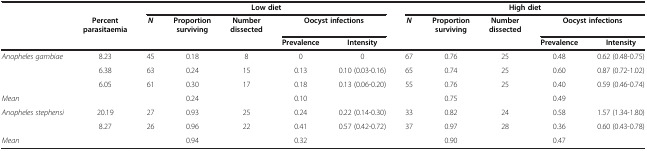
<table><thead><tr><td><b> </b></td><td><b> </b></td><td colspan="5"><b>Low diet</b></td><td colspan="5"><b>High diet</b></td></tr><tr><td><b> </b></td><td><b>Percent parasitaemia</b></td><td><b><i>N</i></b></td><td><b>Proportion surviving</b></td><td><b>Number dissected</b></td><td colspan="2"><b>Oocyst infections</b></td><td><b><i>N</i></b></td><td><b>Proportion surviving</b></td><td><b>Number dissected</b></td><td colspan="2"><b>Oocyst infections</b></td></tr><tr><td><b> </b></td><td><b> </b></td><td><b> </b></td><td><b> </b></td><td><b> </b></td><td><b>Prevalence</b></td><td><b>Intensity</b></td><td><b> </b></td><td><b> </b></td><td><b> </b></td><td><b>Prevalence</b></td><td><b>Intensity</b></td></tr></thead><tbody><tr><td><i>Anopheles gambiae</i></td><td>8.23</td><td>45</td><td>0.18</td><td>8</td><td>0</td><td>0</td><td>67</td><td>0.76</td><td>25</td><td>0.48</td><td>0.62 (0.48-0.75)</td></tr><tr><td> </td><td>6.38</td><td>63</td><td>0.24</td><td>15</td><td>0.13</td><td>0.10 (0.03-0.16)</td><td>65</td><td>0.74</td><td>25</td><td>0.60</td><td>0.87 (0.72-1.02)</td></tr><tr><td> </td><td>6.05</td><td>61</td><td>0.30</td><td>17</td><td>0.18</td><td>0.13 (0.06-0.20)</td><td>55</td><td>0.76</td><td>25</td><td>0.40</td><td>0.59 (0.46-0.74)</td></tr><tr><td><i>Mean</i></td><td> </td><td> </td><td>0.24</td><td> </td><td>0.10</td><td> </td><td> </td><td>0.75</td><td> </td><td>0.49</td><td> </td></tr><tr><td><i>Anopheles stephensi</i></td><td>20.19</td><td>27</td><td>0.93</td><td>25</td><td>0.24</td><td>0.22 (0.14-0.30)</td><td>33</td><td>0.82</td><td>24</td><td>0.58</td><td>1.57 (1.34-1.80)</td></tr><tr><td> </td><td>8.27</td><td>26</td><td>0.96</td><td>22</td><td>0.41</td><td>0.57 (0.42-0.72)</td><td>37</td><td>0.97</td><td>28</td><td>0.36</td><td>0.60 (0.43-0.78)</td></tr><tr><td><i>Mean</i></td><td> </td><td> </td><td>0.94</td><td> </td><td>0.32</td><td> </td><td> </td><td>0.90</td><td> </td><td>0.47</td><td> </td></tr></tbody></table>